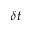
\delta t